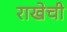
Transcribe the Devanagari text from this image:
राखेची